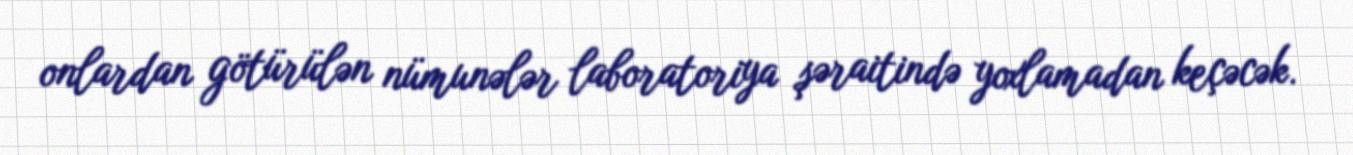
onlardan götürülən nümunələr laboratoriya şəraitində yoxlamadan keçəcək.